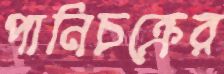
পানিচক্রের